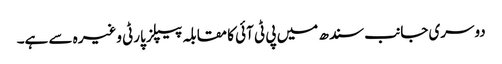
دوسری جانب سندھ میں پی ٹی آئی کا مقابلہ پیپلز پارٹی وغیرہ سے ہے۔